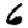
Digit: 6